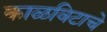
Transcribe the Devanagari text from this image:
काळविटाचे